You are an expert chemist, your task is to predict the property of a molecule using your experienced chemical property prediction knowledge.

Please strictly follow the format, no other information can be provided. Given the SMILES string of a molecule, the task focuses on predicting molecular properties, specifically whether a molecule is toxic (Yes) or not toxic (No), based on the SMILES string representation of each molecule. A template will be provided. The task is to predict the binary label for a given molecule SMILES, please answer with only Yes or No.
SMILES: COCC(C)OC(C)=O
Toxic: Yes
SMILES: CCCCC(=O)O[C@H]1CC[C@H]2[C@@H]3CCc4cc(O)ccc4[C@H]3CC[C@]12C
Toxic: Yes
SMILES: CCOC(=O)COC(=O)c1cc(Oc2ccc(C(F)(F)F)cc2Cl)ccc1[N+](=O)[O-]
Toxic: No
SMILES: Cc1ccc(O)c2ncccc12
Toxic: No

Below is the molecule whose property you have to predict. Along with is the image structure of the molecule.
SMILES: CCCCC[C@H](O)/C=C/[C@H]1[C@H](O)C[C@H](O)[C@@H]1C/C=C\CCCC(=O)O.COC(N)(CO)CO
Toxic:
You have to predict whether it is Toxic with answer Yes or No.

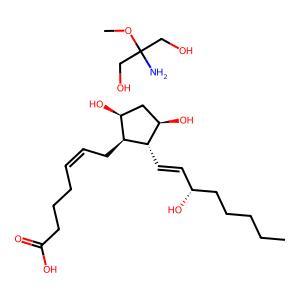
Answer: No